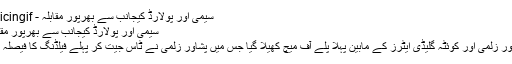
سیمی اور پولارڈ کیجانب سے بھرپور مقابلہ - Cricingif
سیمی اور پولارڈ کیجانب سے بھرپور مقابلہ
پشاور زلمی اور کوئٹہ گلیڈی ایٹرز کے مابین پہلا پلے آف میچ کھیلا گیا جس میں پشاور زلمی نے ٹاس جیت کر پہلے فیلڈنگ کا فیصلہ کیا۔